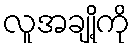
လူအချို့ကို